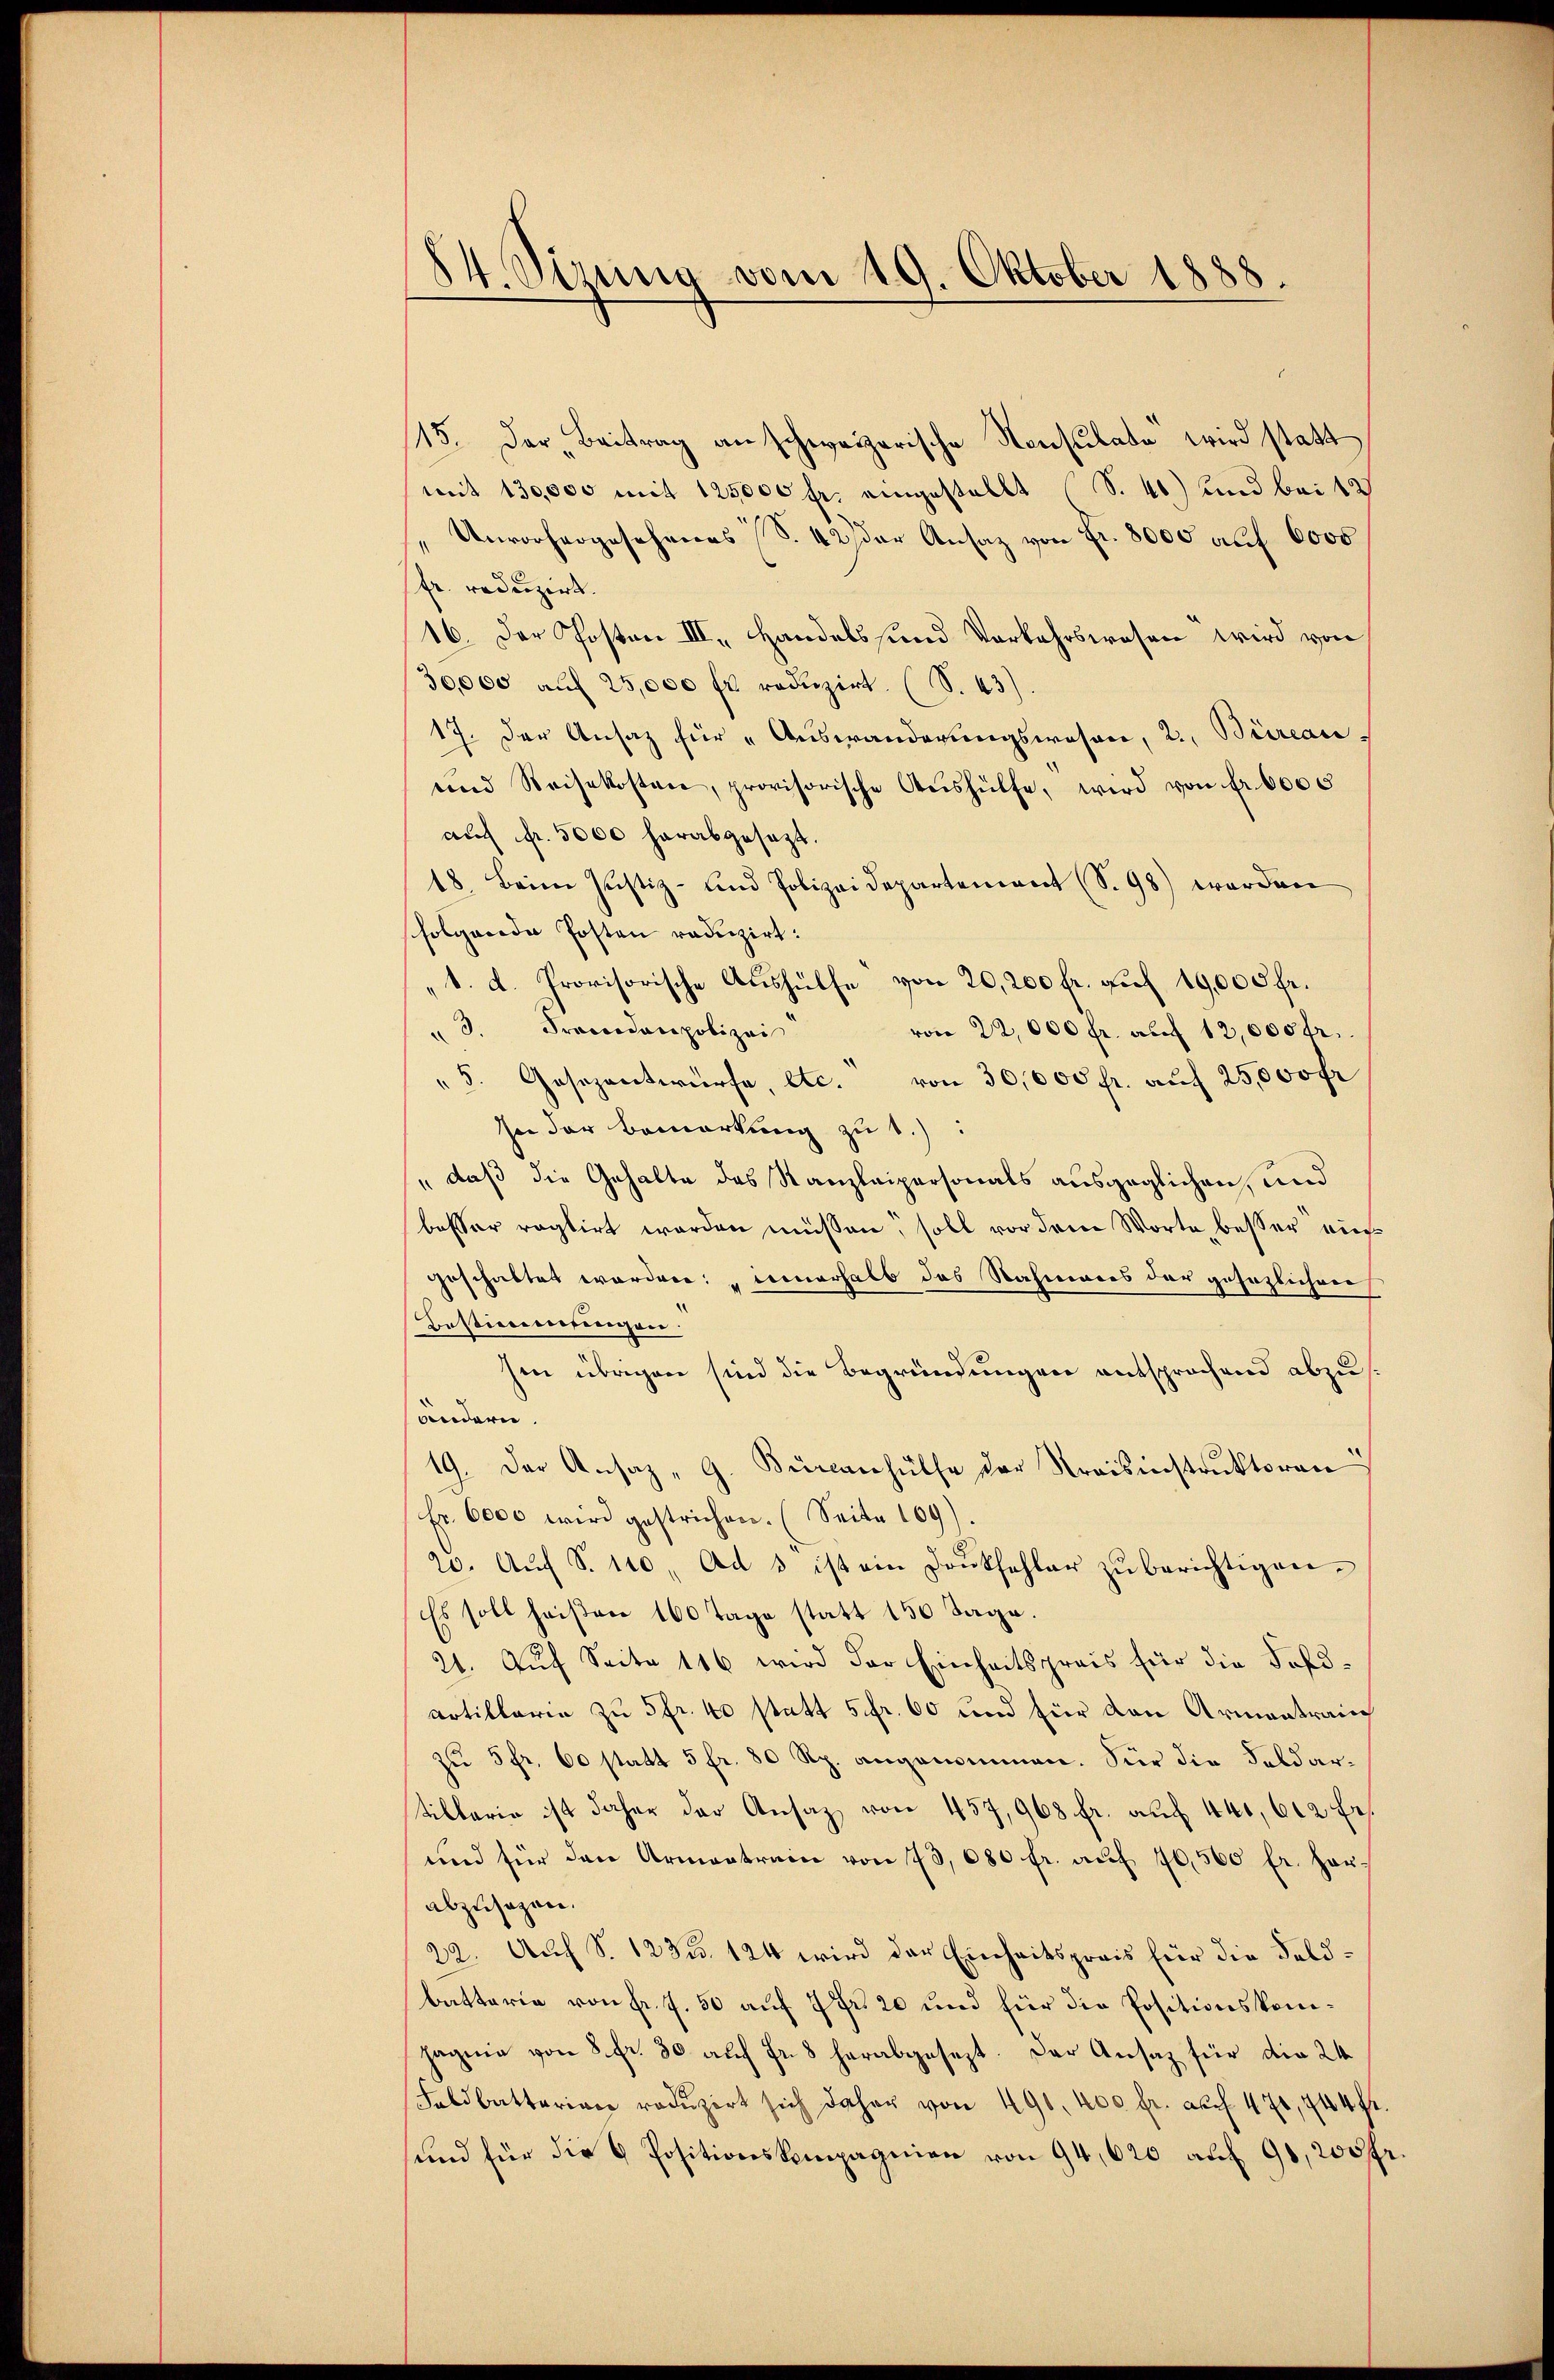
84. Sirung vom 19. Oktober 1888

115. Der Beitrag an schweizerische Konsulate wird statt
mit 130,000 mit 125000 fr. eingestellt (S. 41) und bei 12
"Unvorhergesehenes (S. 42 der Ansatz von Fr. 8000 auf 6000
fr. reduzirt.
16. Der Posten III. Handels und Vorkehrswesen wird von
30,000 aŭf 25,000 fr reduzirt. (S. 43).
17. Der Ansatz für "Auswanderungswesen, 2, Büreau,
und Reisekosten, provisorische Aŭshülfe, wird von fr. 6000
auf fr. 5000 herabgesezt.
18 Beim Justiz- und Polizeidepartement (S. 98) werden
sfolgende Posten raduzirt:
1. d. Provisorische Aushülfe von 20,200 fr. auf 19,000 fr.
3. Frandaupolizei
von 22,000 fr. auf 12,000 fr.
" 5. Gesezentwürfe, etc. von 30,000 fr. auf 25,000 fr
In der Bemerkung zu 1.)
" daß die Gehalte des Kanzleipersonals ausgeglichen, und
besser ragtirt worden müssen, soll vor dem Worte besser au
geschaltet worden: „Bernerhalb das Statierers der gesezlicher
Besticeretungen.
sen übrigen sind die Begründungen entsprochend abzusändern.
19. Der Ansaz, G. Burcanhülfe der Kraisinstruktoren
(Fr. 6000 wird gestrichen. (Seite 169)
20. Aŭf S. 110. Ad 3 ist ein Drŭkfehler zŭ berichtigen.
Es soll heißen 160 Tage statt 150 Tage.
21. Auf Seite 116 wird der Einheitspreis für die Ford¬
Artillaria zu 5fr. 40 statt 5 fr. 60 und für den Armantrain
zu 5 fr. 60 statt 5 fr. 80 Rp. angenommen. Für die Feldartillaria ist daher der Ansaz von 457, 968 fr. auch 440, 612 fr.
und für den Armentrain von 73, 680 fr. aŭf 10,500 fr. her.
abzusagen.
22. Auch S. 123. 124 wird der Einheitspreis für die Feldbattaria von fr. f. 50 auf 7 Fr. 20 und für die Positionskomhagnie von 8. fr. 30 auf Fr. 8 herabgesezt. Der Ansaz für die 24
Foldbatterian redŭzirt sich daher von 490. 400 fr. auf 470, 744 ff.
sund für die 6 Positionskompagnien von 94, 620 auf 91, 200 fr